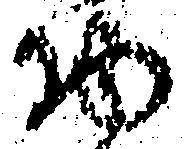
物